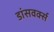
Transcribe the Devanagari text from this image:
डांसवर्क्स